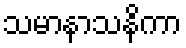
သမာနာသနိကာ